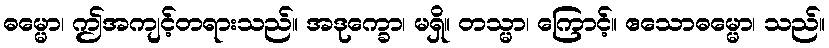
ဓမ္မော၊ ဤအကျင့်တရားသည်။ အဒုက္ခော၊ မရှိ။ တသ္မာ၊ ကြောင့်။ ဧသောဓမ္မော၊ သည်။